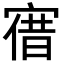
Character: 𡩤